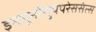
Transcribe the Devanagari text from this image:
इममूनॉसुपपरेससंत्स